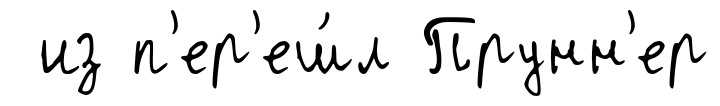
из п'ер'еш́л Прунн'ер